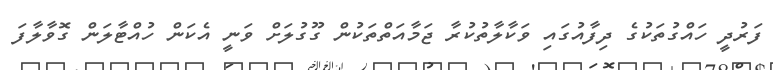
ފަރުދީ ހައްގުތަކުގެ ދިފާއުގައި ވަކާލާތުކުރާ ޖަމާއަތްތަކުން ގޫގުލަށް ވަނީ އެކަން ހުއްޓާލަން ގޮވާލާފަ